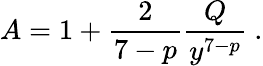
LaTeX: A=1+\frac{2}{7-p}\frac{Q}{y^{7-p}}\ .